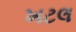
ખટલ